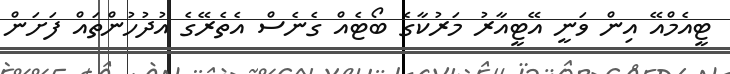
ޓީއެމްއޭ އިން ވަނީ އޭޓީއާރު މަރުކާގެ ބޯޓެއް ގެނެސް އެތެރޭގެ އުދުހުންތައް ފަށަން